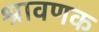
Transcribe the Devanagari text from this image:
श्रावणक